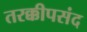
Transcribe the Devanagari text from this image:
तरक्कीपसंद